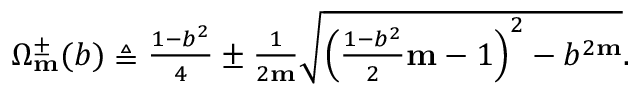
\begin{array} { r } { \Omega _ { \mathbf { m } } ^ { \pm } ( b ) \triangleq \frac { 1 - b ^ { 2 } } { 4 } \pm \frac { 1 } { 2 \mathbf { m } } \sqrt { \left( \frac { 1 - b ^ { 2 } } { 2 } \mathbf { m } - 1 \right) ^ { 2 } - b ^ { 2 \mathbf { m } } } . } \end{array}